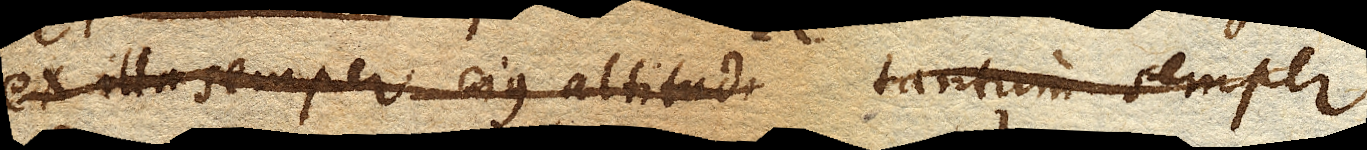
ex illa semper ejus altitud tantum semper